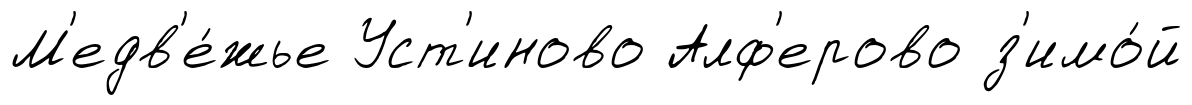
М'едв'е́жье Уст'иново Алф'ерово з'имо́й